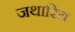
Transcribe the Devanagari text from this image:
जथारिय